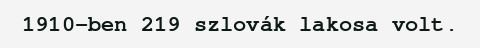
1910-ben 219 szlovák lakosa volt.